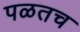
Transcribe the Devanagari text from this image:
पळतच